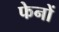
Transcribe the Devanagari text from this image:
फेनों